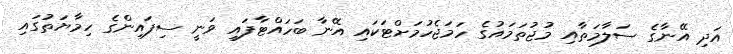
އަދި އޭނާގެ ސަލާމަތާއި މުޖުތަމައުގެ ހަމަޖެހުމަށްޓަކައި އޭނާ ބަހައްޓާފައި ވަނީ ސިފައިންގެ ހިމާޔަތުގައި